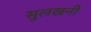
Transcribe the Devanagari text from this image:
सुलखनी